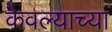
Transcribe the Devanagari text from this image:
कैवल्याच्या